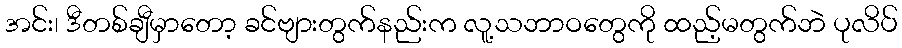
အင်း၊ ဒီတစ်ချီမှာတော့ ခင်ဗျားတွက်နည်းက လူ့သဘာဝတွေကို ထည့်မတွက်ဘဲ ပုလိပ်